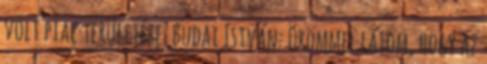
volt piac területére. Budai István: Örömmel látom, hogy az